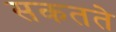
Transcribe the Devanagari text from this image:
सकतते